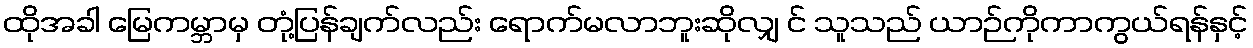
ထိုအခါ မြေကမ္ဘာမှ တုံ့ပြန်ချက်လည်း ရောက်မလာဘူးဆိုလျှ င် သူသည် ယာဉ်ကိုကာကွယ်ရန်နှင့်